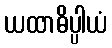
ယထာဓိပ္ပါယံ